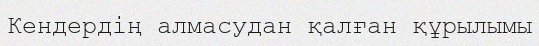
Кендердің алмасудан қалған құрылымы